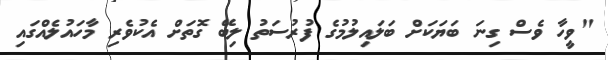
"ވީހާ ވެސް ގިނަ ބަޔަކަށް ބަލައިލުމުގެ ފުރުސަތު ލިބޭ ގޮތަށް އެކުވެރި މާހައުލެއްގައި